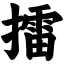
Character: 擂